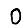
Digit: 0